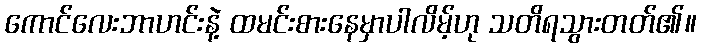
ကောင်လေးဘာဟင်းနဲ့ ထမင်းစားနေမှာပါလိမ့်ဟု သတိရသွားတတ်၏။